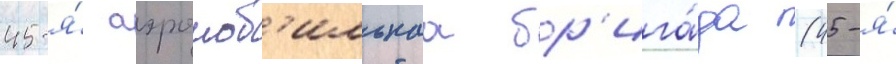
45-я́ аэромоб'ильнаа бр'ига́да (45-я́